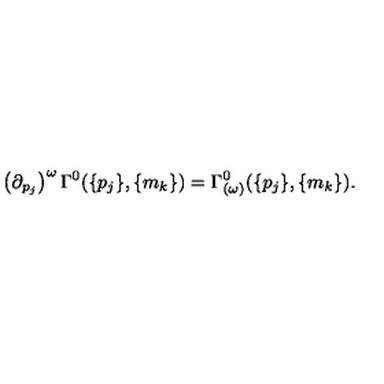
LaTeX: \left( { \partial } _ { p _ { j } } \right) ^ { \omega } \Gamma ^ { 0 } ( \{ p _ { j } \} , \{ m _ { k } \} ) = \Gamma _ { ( \omega ) } ^ { 0 } ( \{ p _ { j } \} , \{ m _ { k } \} ) .